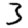
Digit: 3